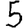
Digit: 5